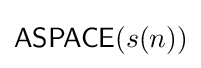
{\mathsf {ASPACE}}(s(n))